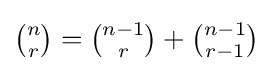
{\tbinom {n}{r}}={\tbinom {n-1}{r}}+{\tbinom {n-1}{r-1}}